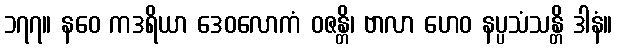
၁၇၇။ နဝေ ကဒရိယာ ဒေဝလောကံ ဝဇန္တိ၊ ဗာလာ ဟေဝ နပ္ပသံသန္တိ ဒါနံ။